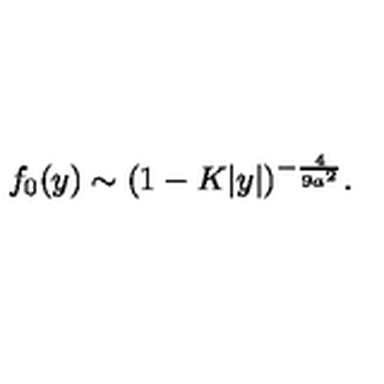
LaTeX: f _ { 0 } ( y ) \sim ( 1 - K | y | ) ^ { - { \frac { 4 } { 9 a ^ { 2 } } } } .